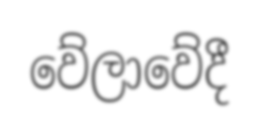
වේලාවේදී